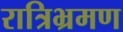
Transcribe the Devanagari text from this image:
रात्रिभ्रमण